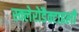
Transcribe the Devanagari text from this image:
स्क्लेरोडैक्टाइली